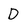
Character: D